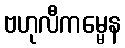
ဗဟုလီကမ္မေန